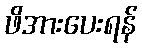
ဖိအားပေးရန်